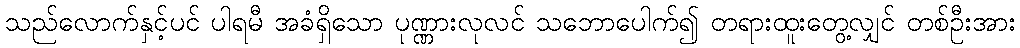
သည်လောက်နှင့်ပင် ပါရမီ အခံရှိသော ပုဏ္ဏားလုလင် သဘောပေါက်၍ တရားထူးတွေ့လျှင် တစ်ဦးအား